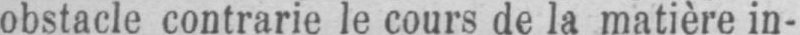
obstacle contrarie le cours de la matière in-